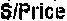
S/PRICE